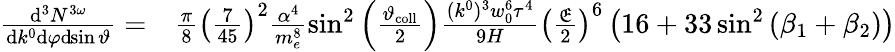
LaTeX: \begin{array}{rl}{\frac{\mathrm{d}^{3}N^{3\omega}}{\mathrm{d}k^{0}\mathrm{d}\varphi\mathrm{d}\! \sin\vartheta}=}&{{}\frac{\pi}{8}\left(\frac{7}{45}\right)^{2}\frac{\alpha^{4}}{m_{e}^{8}}\sin^{2}\left(\frac{\vartheta_{\mathrm{coll}}}{2}\right)\frac{(k^{0})^{3}w_{0}^{6}\tau^{4}}{9H}\left(\frac{{\mathfrak E}}{2}\right)^{6}\left(16+33\sin^{2}\left(\beta_{1}+\beta_{2}\right)\right)}\end{array}